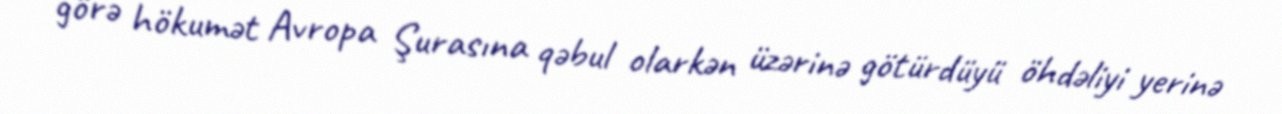
görə hökumət Avropa Şurasına qəbul olarkən üzərinə götürdüyü öhdəliyi yerinə